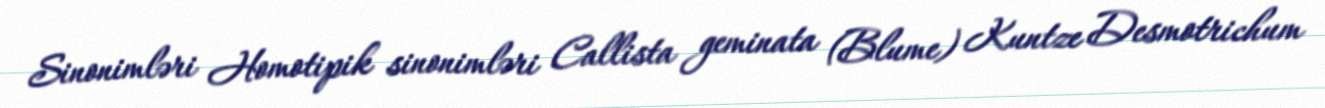
Sinonimləri Homotipik sinonimləri Callista geminata (Blume) Kuntze Desmotrichum